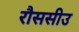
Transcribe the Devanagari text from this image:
रौससीउ